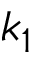
k _ { 1 }